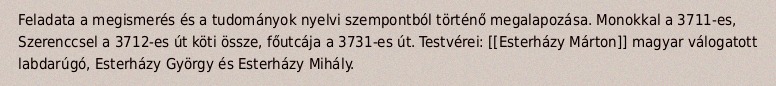
Feladata a megismerés és a tudományok nyelvi szempontból történő megalapozása. Monokkal a 3711-es, Szerenccsel a 3712-es út köti össze, főutcája a 3731-es út. Testvérei: [[Esterházy Márton]] magyar válogatott labdarúgó, Esterházy György és Esterházy Mihály.